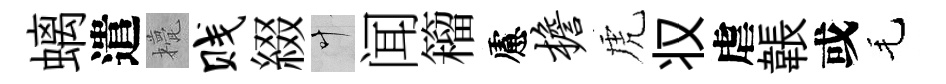
螭遣甍贱綴叶闻籕慮檐虎𠬧虐韔或毛